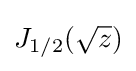
{\textstyle J_{1/2}({\sqrt {z}})}